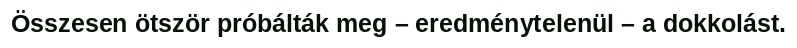
Összesen ötször próbálták meg – eredménytelenül – a dokkolást.